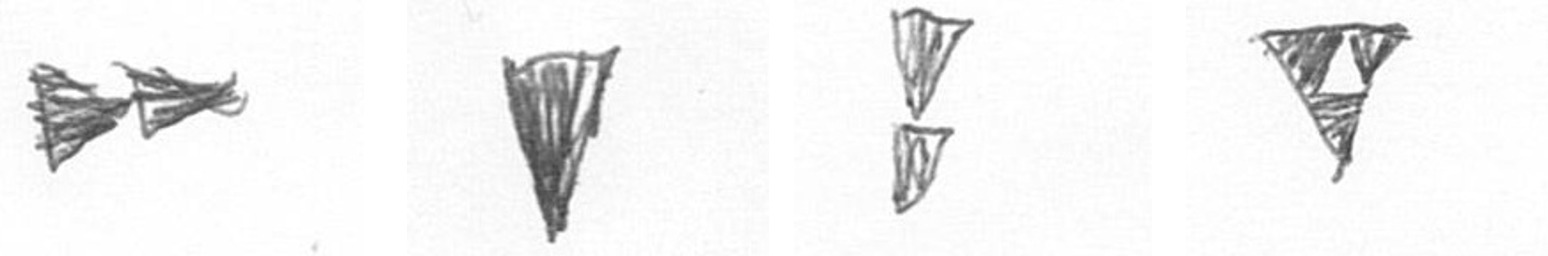
A J Z S